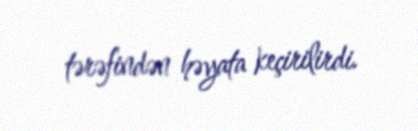
tərəfindən həyata keçirilirdi.